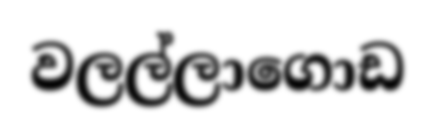
වලල්ලාගොඩ